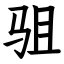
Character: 驵